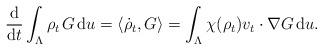
LaTeX: \begin{align*} \frac {\mathrm d}{\mathrm dt}\int_\Lambda \rho_t \;\! G\;\!\mathrm du =\langle \dot \rho_t,G\rangle = \int_\Lambda \chi(\rho_t) v_t\cdot \nabla G\;\!\mathrm du.\end{align*}